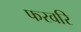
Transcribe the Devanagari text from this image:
फरवरि